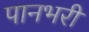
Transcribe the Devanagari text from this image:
पानभरी